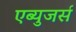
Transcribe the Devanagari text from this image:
एब्युजर्स